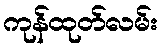
ကုန်ထုတ်လမ်း